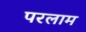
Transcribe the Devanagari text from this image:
परलाम